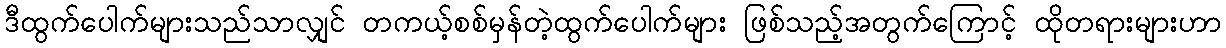
ဒီထွက်ပေါက်များသည်သာလျှင် တကယ့်စစ်မှန်တဲ့ထွက်ပေါက်များ ဖြစ်သည့်အတွက်ကြောင့် ထိုတရားများဟာ